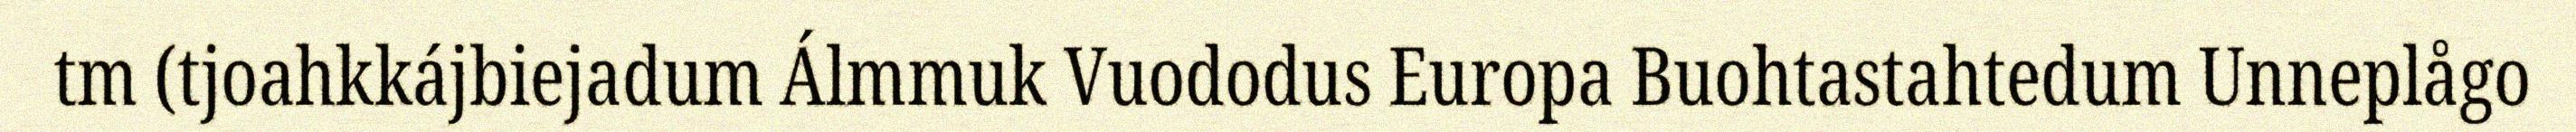
tm (tjoahkkájbiejadum Álmmuk Vuododus Europa Buohtastahtedum Unneplågo